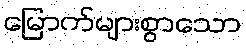
မြောက်များစွာသော